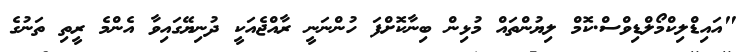
"އައިޑްލިކްމޯލްޑިވްސް.ކޮމް ލިޔުންތައް މުޅިން ބިނާކޮށްފަ ހުންނަނީ ރާއްޖެއަކީ ދުނިޔޭގައިވާ އެންމެ ރީތި ތަނުގެ